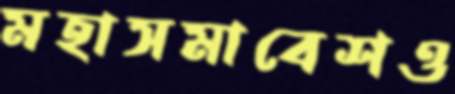
মহাসমাবেশও